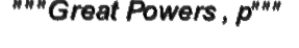
"""Great Powers , p"""